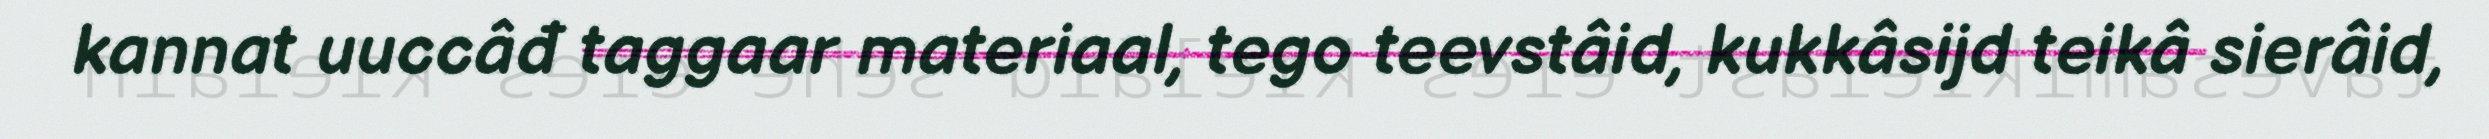
kannat uuccâđ taggaar materiaal, tego teevstâid, kukkâsijd teikâ sierâid,